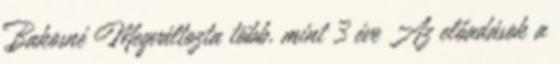
Bakosné Megváltozta több, mint 3 éve Az előadások a